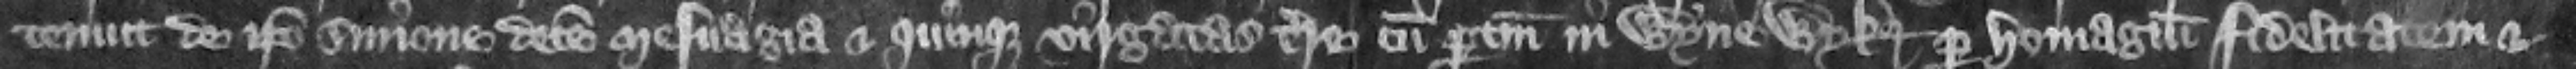
tenuit de ipso Simone decem mesuagia et quinque virgatas terre cum pertinencis in Wynewyk per homagium fidelitatem et